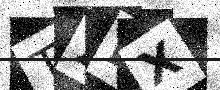
Text: T2KX